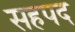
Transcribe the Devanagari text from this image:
सहपद